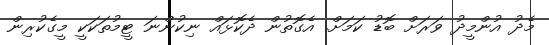
މެދު އުންމީދު ވަރަށް ބޮޑު ކަމަށް. އެގޮތުން ދެކޮޅައް ނިކުންނަ ޓީމުތަކަކީ މީގެކުރިން